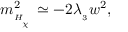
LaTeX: m _ { _ { H _ { _ { _ \chi } } } } ^ { 2 } \simeq - 2 \lambda _ { _ 3 } w ^ { 2 } ,